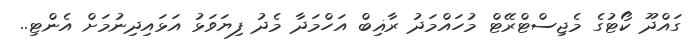
ގައްދޫ ކޯޓުގެ މެޖިސްޓްރޭޓް މުހައްމަދު ރާޣިބް އަހްމަދާ މެދު ފިޔަވަޅު އަޅައިދިނުމަށް އެންޓި..